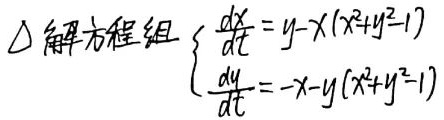
解方程组\(\begin{cases}\frac{dx}{dt}=y - x(x^{2}+y^{2}-1)\\\frac{dy}{dt}=-x - y(x^{2}+y^{2}-1)\end{cases}\)